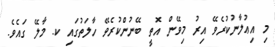
މި އިޢުލާނުކުރެވޭ އިރު މިވޭން އޮތީ ބޭނުންކުރެވޭ ހާލަތުގައި ކ. މާލޭ ގައެވެ.